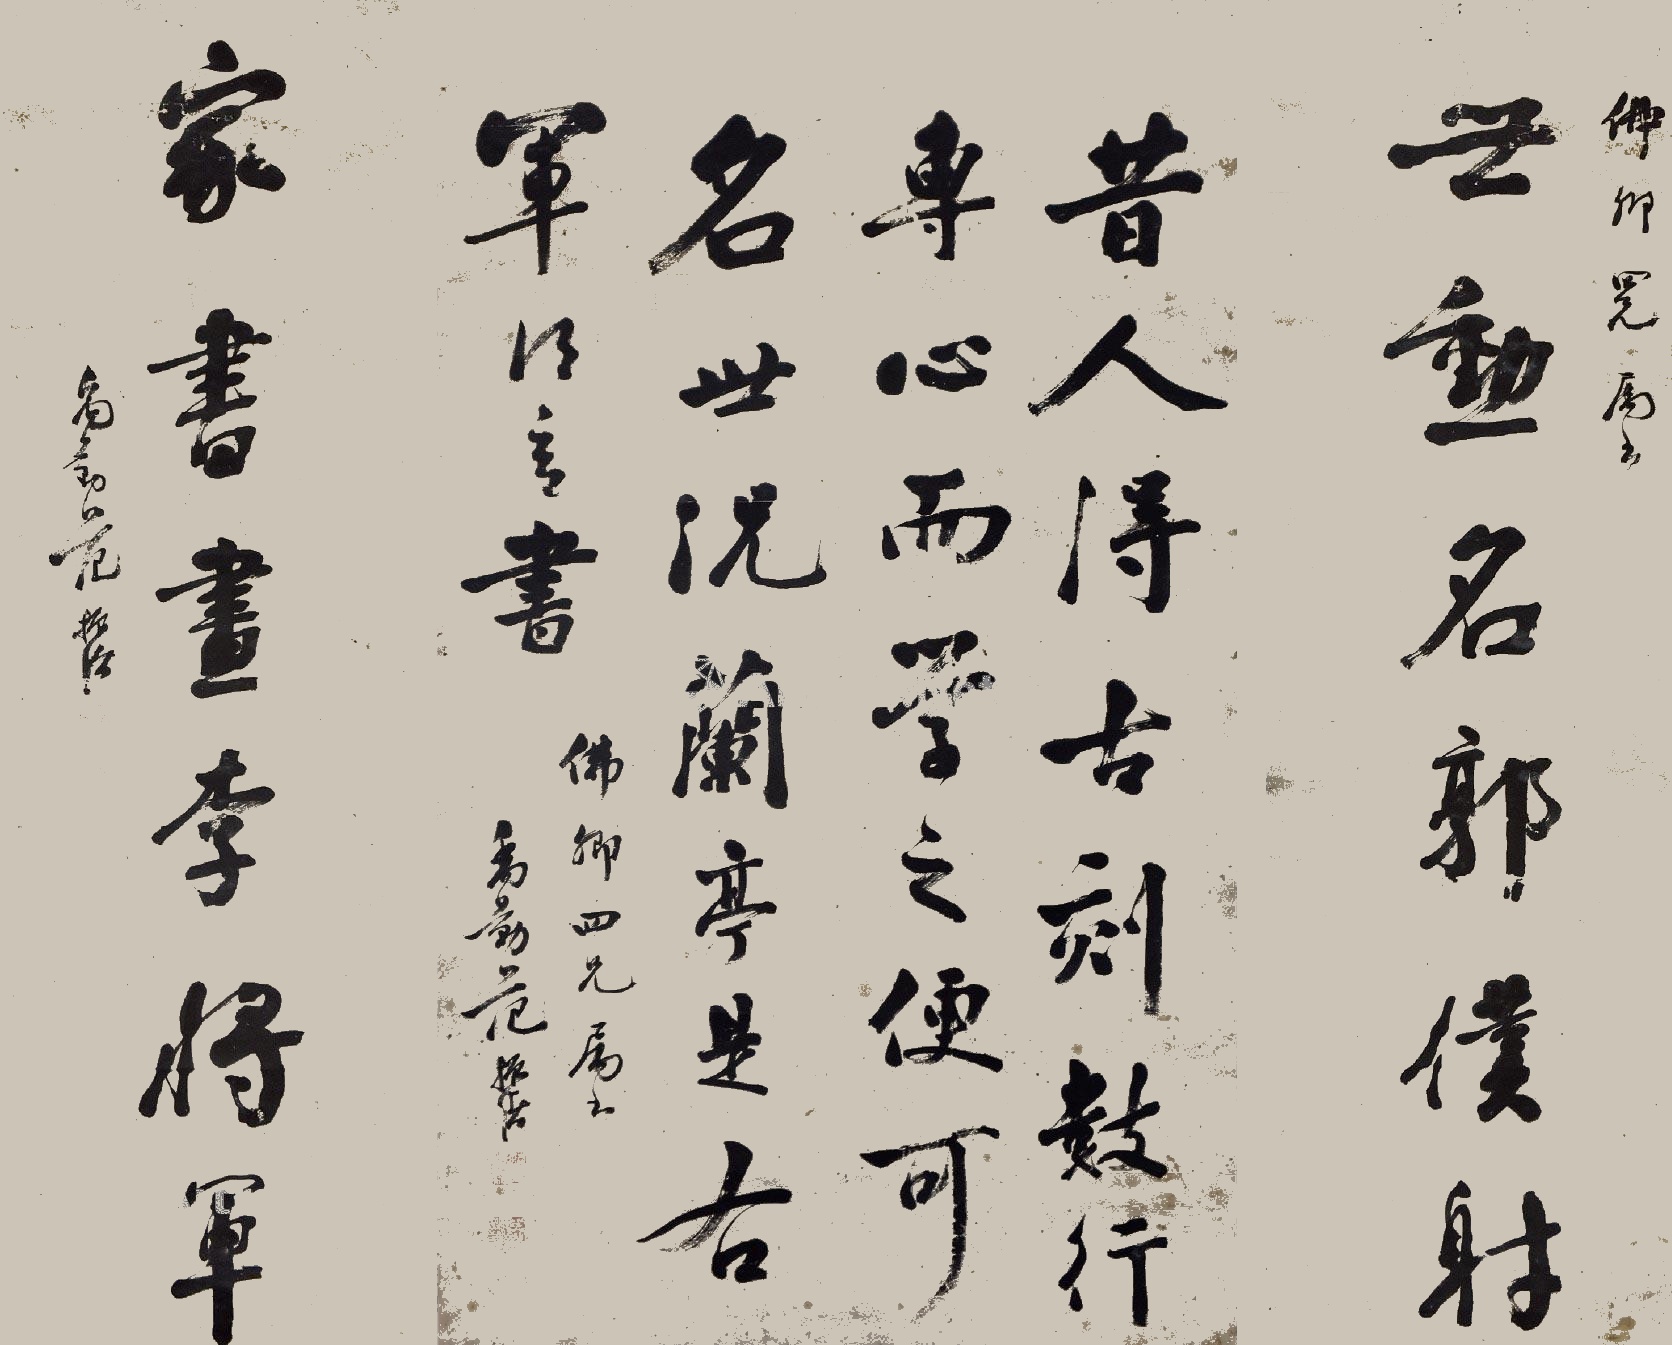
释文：世勋名郭仆射，家书画李将军。佛卿四兄属正，禹勤范振绪；昔人得古刻数行，专心而学之，便可名世，况兰亭是右军得意书。佛卿四兄属正，禹勤范振绪。